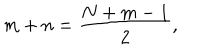
LaTeX: m + n = \frac { N + m - 1 } { 2 } ,